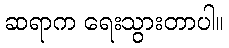
ဆရာက ရေးသွားတာပါ။